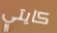
كايتي